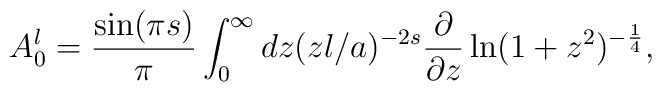
A_{0}^{l}={\sin(\pi s)\over \pi}\int_{0}^{\infty}dz (zl/a)^{-2s}{\partial \over \partial z}\ln (1+z^{2})^{-{1\over 4}} ,